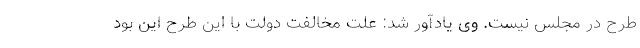
طرح در مجلس نیست. وی یادآور شد: علت مخالفت دولت با این طرح این بود